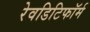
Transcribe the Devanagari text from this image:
रेवडिटिफॉर्म